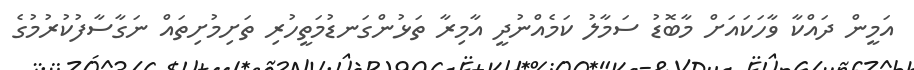
އަމީން ދައްކާ ވާހަކައަށް މާބޮޑު ސަމާލު ކަމެއްނުދީ އާމިރާ ތަޅުންގަނޑުމަތީހުރި ތަށިމުށިތައް ނަގާސާފުކުރުމުގެ